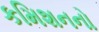
કમિશનનો